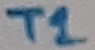
Text: T1